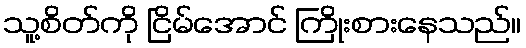
သူ့စိတ်ကို ငြိမ်အောင် ကြိုးစားနေသည်။